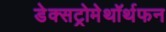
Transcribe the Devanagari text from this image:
डेक्सट्रोमेथॉर्थफन